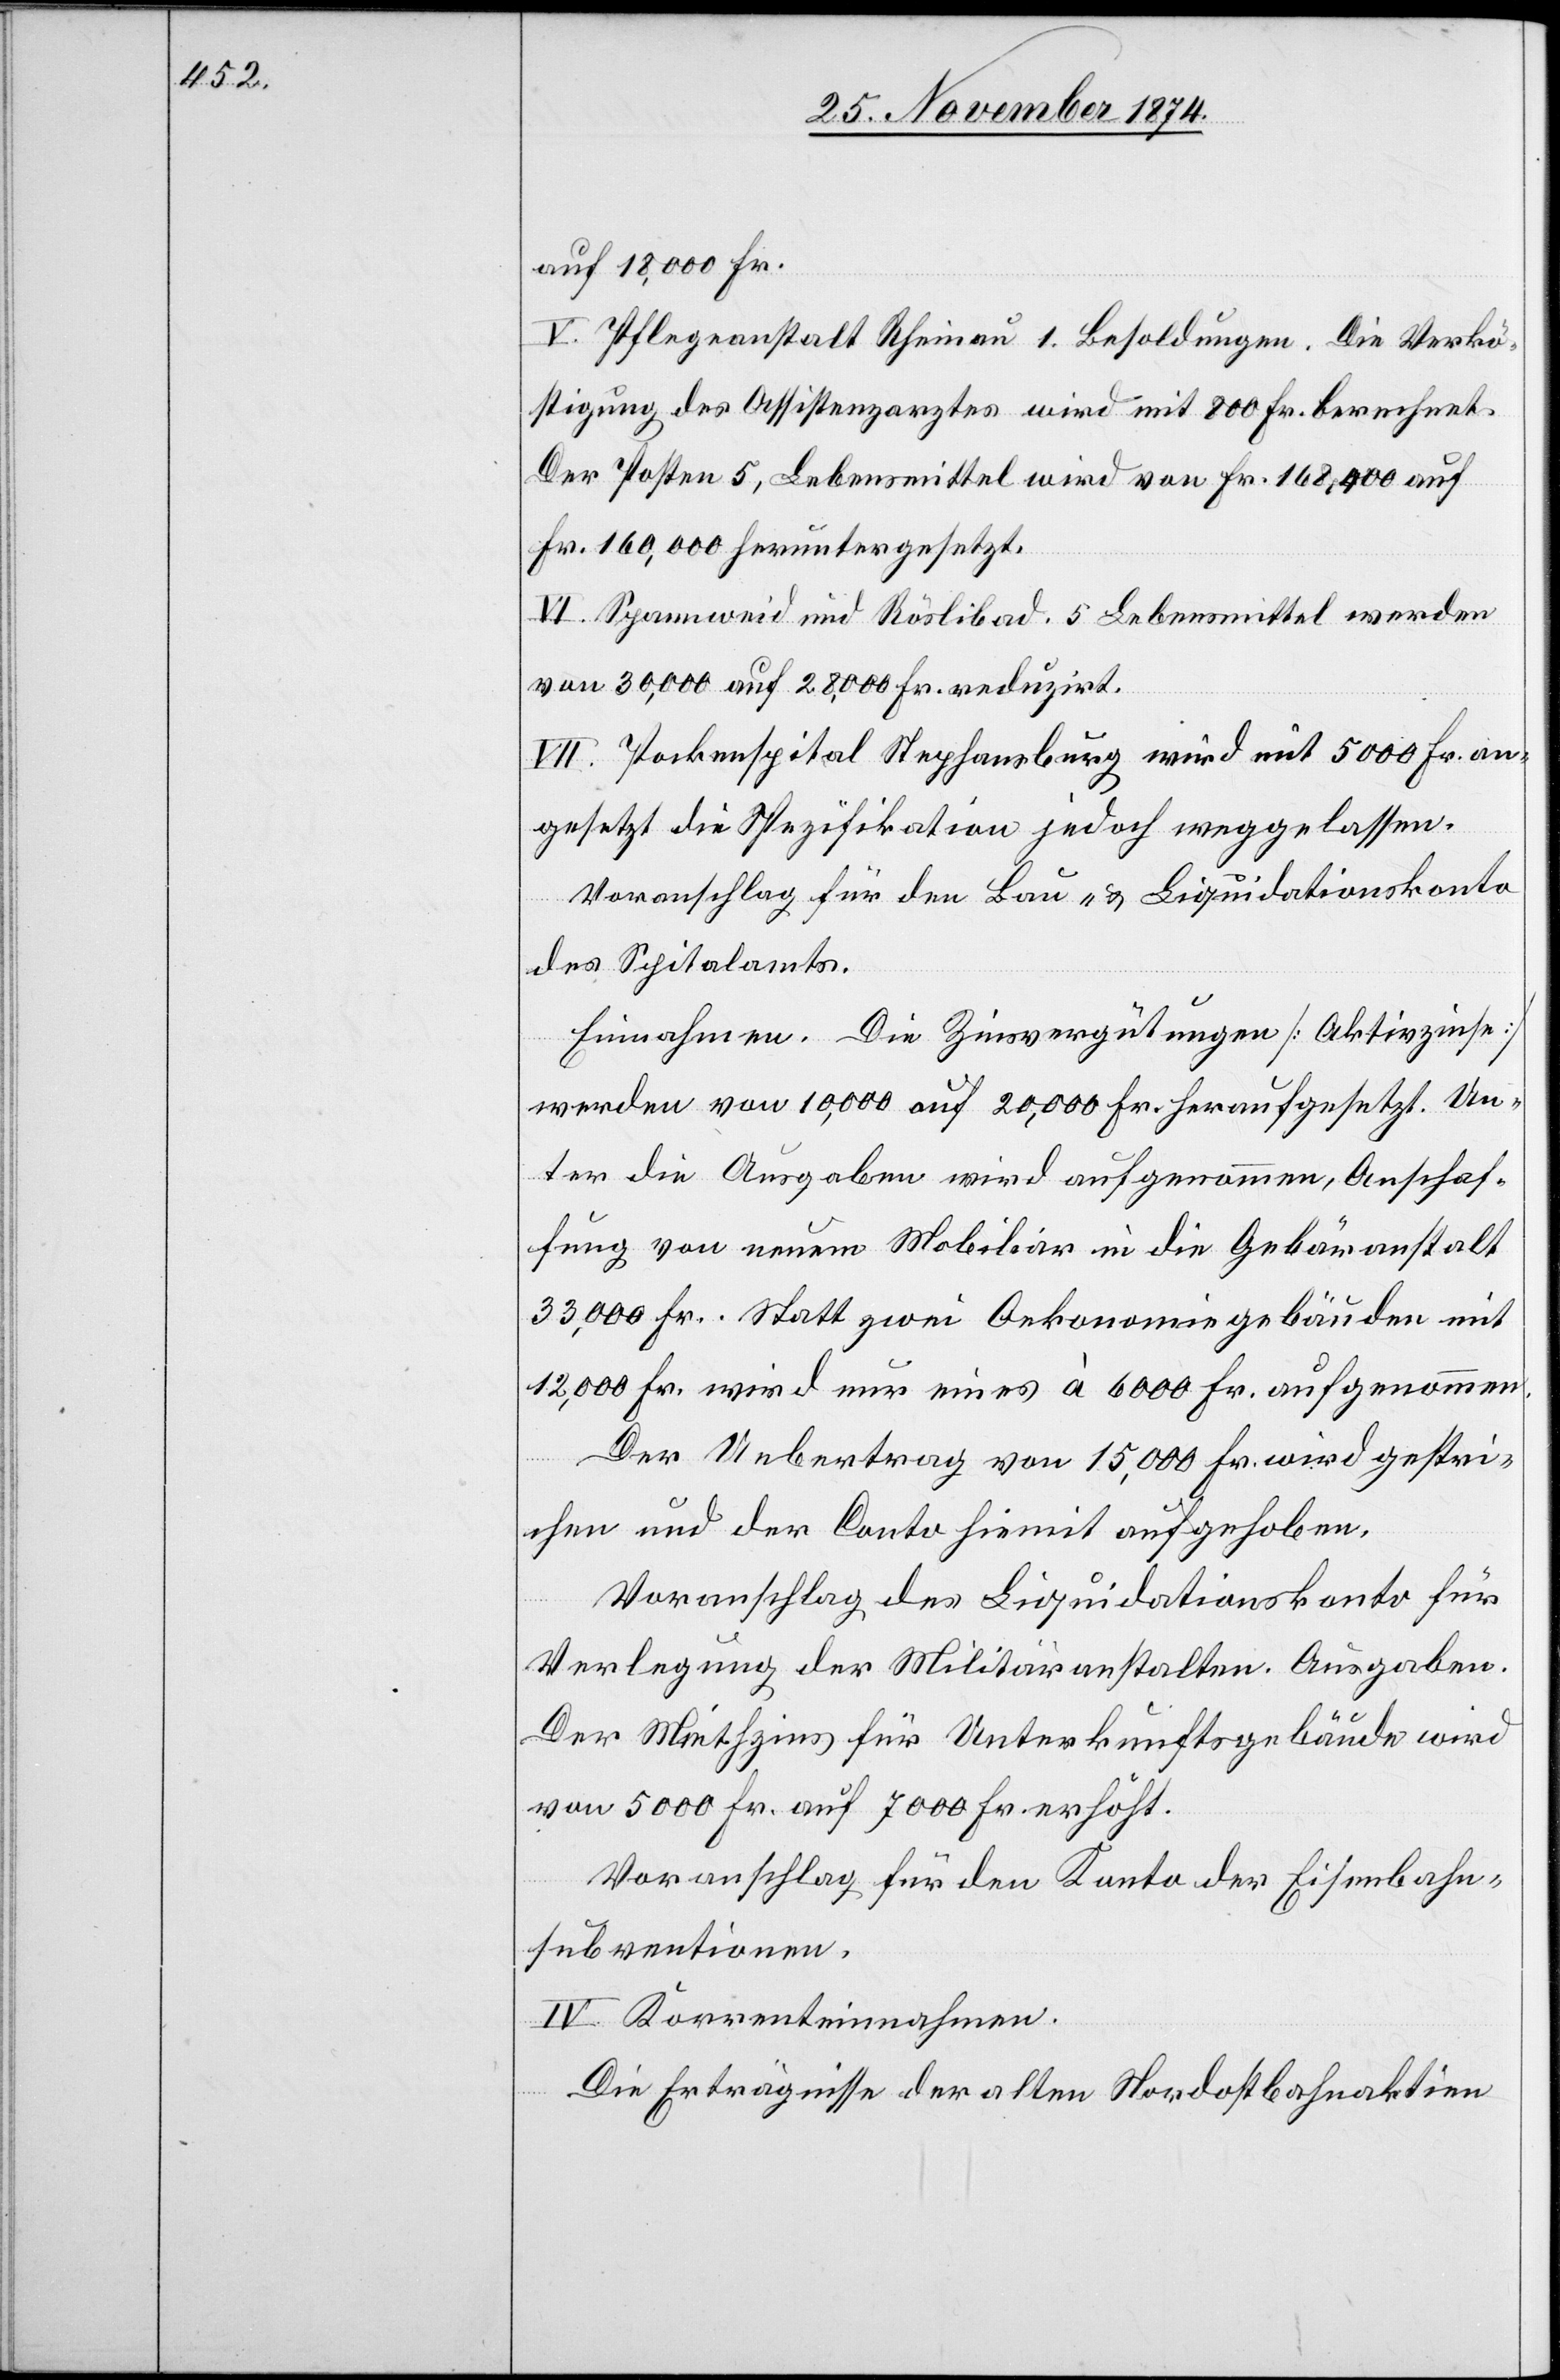
auf 18,000 Fr.
V. Pflegeanstalt Rheinau 1. Besoldungen. Die Verkö¬
stigung des Assistenzarztes wird mit 800 Fr. berechnet.
Der Posten 5, Lebensmittel wird von Fr. 168,400 auf
Fr. 160,000 heruntergesetzt.
VI. Spannweid und Röslibad. 5 Lebensmittel werden
von 30,000 auf 28,000 Fr. reduzirt.
VII. Pockenspital Stephansburg wird mit 5000 Fr. an¬
gesetzt die Spezifikation jedoch weggelassen.
Voranschlag für den Bau- & Liquidationskonto
des Spitalamts.
Einnahmen. Die Zinsvergütungen [Aktivzinse]
werden von 10,000 auf 20,000 Fr. heraufgesetzt. Un¬
ter die Ausgaben wird aufgenommen, Anschaf¬
fung von neuem Mobiliar in die Gebäranstalt
33,000 Fr. Statt zwei Oekonomiegebäuden mit
12,000 Fr. wird nur eines à 6000 Fr. aufgenommen.
Der Uebertrag von 15,000 Fr. wird gestri¬
chen und der Conto hiemit aufgehoben.
Voranschlag des Liquidationskonto für
Verlegung der Militäranstalten. Ausgaben.
Der Miethzins für Unterkunftsgebäude wird
von 5000 Fr. auf 7000 Fr. erhöht.
Voranschlag für den Konto der Eisenbahn¬
subventionen.
IV. Korrenteinnahmen.
Die Erträgnisse der alten Nordostbahnaktien